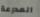
المدرعة